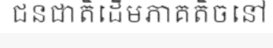
ជនជាតិដើមភាគតិចនៅ